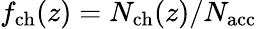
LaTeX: f_{\mathrm{ch}}(z)=N_{\mathrm{ch}}(z)/{N_{\mathrm{acc}}}